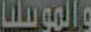
والموسيليا